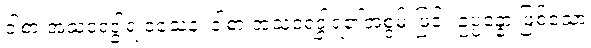
ဝါစာ အသံဝရဒွါရ ဝသေန၊ ဝါစာ အသံဝရဒွါရ၏အစွမ်းဖြင့်။ ဥပ္ပန္နော ဖြစ်သော